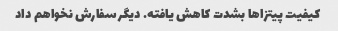
کیفیت پیتزاها بشدت کاهش یافته. دیگر سفارش نخواهم داد